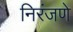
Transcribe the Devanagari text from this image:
निरंजणे